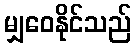
မျှဝေနိုင်သည်